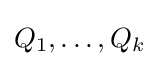
{\textstyle Q_{1},\dots ,Q_{k}}